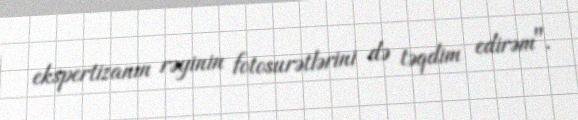
ekspertizanın rəyinin fotosurətlərini də təqdim edirəm".